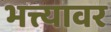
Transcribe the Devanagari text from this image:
भत्त्यावर